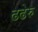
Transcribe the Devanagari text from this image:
ढढेरु